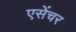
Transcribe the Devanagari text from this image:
एसेंचर